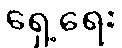
ရှေ့ရေး